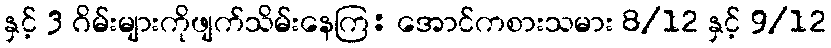
နှင့် 3 ဂိမ်းများကိုဖျက်သိမ်းနေကြ: အောင်ကစားသမား 8/12 နှင့် 9/12